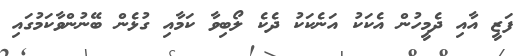
ފަޒީ އާއި ދެމީހުން އެކަކު އަނެކަކު ދެކެ ލޯބިވާ ކަމާއި ގުޅެން ބޭނުންވާކަމުގައި